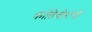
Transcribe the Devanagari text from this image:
क्रांतिवीरांची